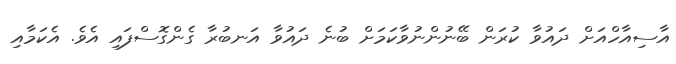
އާސިއާހްއަށް ދައުވާ ކުރަން ބޭނުންނުވާކަމަށް ބުނެ ދައުވާ އަނބުރާ ގެންގޮސްފައި އެވެ. އެކަމާއި